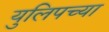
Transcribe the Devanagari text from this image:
युलिपच्या